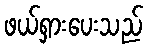
ဖယ်ရှားပေးသည်